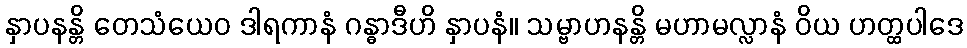
နှာပနန္တိ တေသံယေဝ ဒါရကာနံ ဂန္ဓာဒီဟိ နှာပနံ။ သမ္ဗာဟနန္တိ မဟာမလ္လာနံ ဝိယ ဟတ္ထပါဒေ